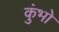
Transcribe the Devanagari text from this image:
कुंभो